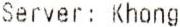
SERVER: KHONG